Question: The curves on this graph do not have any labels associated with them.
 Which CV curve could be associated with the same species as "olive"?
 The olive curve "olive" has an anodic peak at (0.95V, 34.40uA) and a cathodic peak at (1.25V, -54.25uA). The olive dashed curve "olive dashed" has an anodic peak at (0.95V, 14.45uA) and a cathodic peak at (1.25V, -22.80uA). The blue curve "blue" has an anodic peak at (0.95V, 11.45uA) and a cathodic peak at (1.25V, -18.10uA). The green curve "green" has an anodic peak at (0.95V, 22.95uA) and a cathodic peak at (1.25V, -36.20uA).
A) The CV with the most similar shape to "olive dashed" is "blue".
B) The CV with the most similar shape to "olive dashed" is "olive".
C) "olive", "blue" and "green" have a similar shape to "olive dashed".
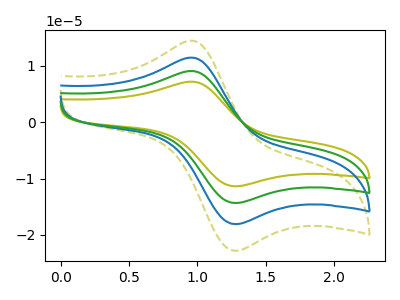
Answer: <think>All the peaks in "olive" have a peak in "olive dashed" at the same potential. Every peak in "olive" is higher than every peak in "olive dashed". All the peaks in "olive" have a peak in "blue" at the same potential. Every peak in "olive" is higher than every peak in "blue". All the peaks in "olive" have a peak in "green" at the same potential. Every peak in "olive" is higher than every peak in "green". All the peaks in "olive dashed" have a peak in "blue" at the same potential. Every peak in "olive dashed" is higher than every peak in "blue". All the peaks in "olive dashed" have a peak in "green" at the same potential. Every peak in "olive dashed" is lower than every peak in "green". All the peaks in "blue" have a peak in "green" at the same potential. Every peak in "blue" is lower than every peak in "green".
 </think>
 <answer>C) "olive", "blue" and "green" have a similar shape to "olive dashed".</answer>
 <eval>C</eval>